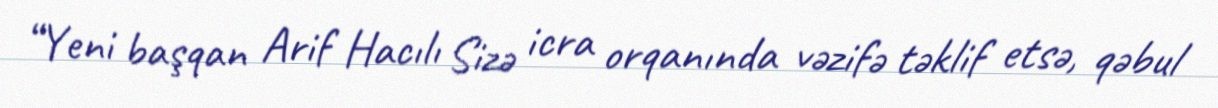
“Yeni başqan Arif Hacılı Sizə icra orqanında vəzifə təklif etsə, qəbul